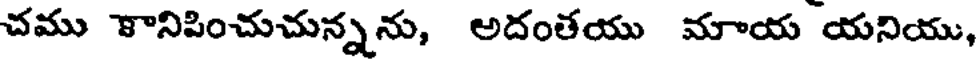
చము కానిపించుచున్నను, అదంతయు మాయ యనియు,